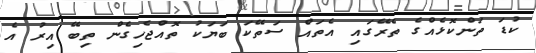
ކުޑަ ތަންކޮޅެއްގެ ތެރޭގައި އެތައް ސަތޭކަ ބަޔަކު ތޮއްޖެހިގެން ތިބޭ އިރު އެ